Lunatic asylums Madras 1892-1911 - 1892-1911
Year: 1892
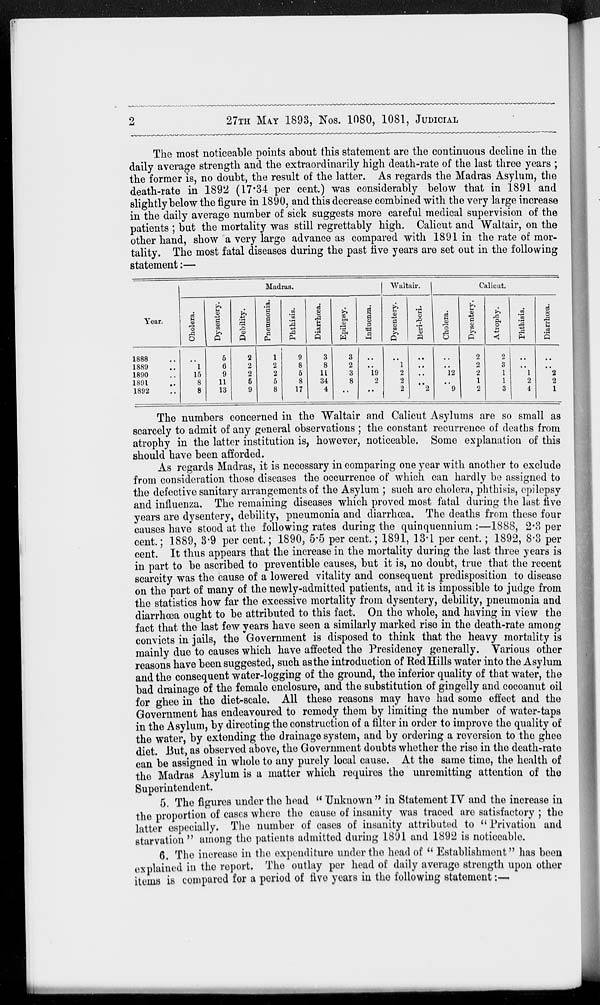
2
27TH
MAY
1893, Nos. 1080, 1081, JUDICIAL
The most noticeable points about this statement are the continuous decline in the
daily average strength and the extraordinarily high death-rate of the last three years ;
the former is, no doubt, the result of the latter. As regards the Madras Asylum, the
death-rate in 1892 (17.34 per cent.) was considerably below that in 1891 and
slightly below the figure in 1890, and this decrease combined with the very large increase
in the daily average number of sick suggests more careful medical supervision of the
patients ; but the mortality was still regrettably high. Calicut and Waltair, on the
other hand, show a very large advance as compared with 1891 in the rate of mor-
tality. The most fatal diseases during the past five years are set out in the following
statement:—
Year.
1888 ..
1889 ..
1890 ..
1891 ..
1892 ..
Madras.
Cholera.
..
1
15
8
8
Dysentery.
5
6
9
11
13
Debility.
2
2
2
5
9
Pneumonia.
1
2
2
5
8
Phthisis.
9
8
5
8
17
Diarrhœa.
3
8
11
34
4
Epilepsy.
3
2
3
8
..
Influenza.
..
..
19
2
..
Waltair.
Dysentery.
..
1
2
2
2
Beri-beri.
..
..
..
..
2
Calicut.
Cholera.
..
..
12
..
9
Dysentery.
2
2
2
1
2
Atrophy.
2
3
1
1
3
Phthisis.
..
..
1
2
4
Diarrhœa.
..
..
2
2
1
The numbers concerned in the Waltair and Calicut Asylums are so small as
scarcely to admit of any general observations; the constant recurrence of deaths from
atrophy in the latter institution is, however, noticeable. Some explanation of this
should have been afforded.
As regards Madras, it is necessary in comparing one year with another to exclude
from consideration those diseases the occurrence of which can hardly be assigned to
the defective sanitary arrangements of the Asylum ; such are cholera, phthisis, epilepsy
and influenza. The remaining diseases which proved most fatal during the last five
years are dysentery, debility, pneumonia and diarrhœa. The deaths from these four
causes have stood at the following rates during the quinquennium :—1888, 2.3 per
cent.; 1889, 3.9 per cent.; 1890, 5.5 per cent.; 1891, 13.1 per cent.; 1892, 8.3 per
cent. It thus appears that the increase in the mortality during the last three years is
in part to be ascribed to preventible causes, but it is, no doubt, true that the recent
scarcity was the cause of a lowered vitality and consequent predisposition to disease
on the part of many of the newly-admitted patients, and it is impossible to judge from
the statistics how far the excessive mortality from dysentery, debility, pneumonia and
diarrhœa ought to be attributed to this fact. On the whole, and having in view the
fact that the last few years have seen a similarly marked rise in the death-rate among
convicts in jails, the Government is disposed to think that the heavy mortality is
mainly due to causes which have affected the Presidency generally. Various other
reasons have been suggested, such as the introduction of Red Hills water into the Asylum
and the consequent water-logging of the ground, the inferior quality of that water, the
bad drainage of the female enclosure, and the substitution of gingelly and cocoanut oil
for ghee in the diet-scale. All these reasons may have had some effect and the
Government has endeavoured to remedy them by limiting the number of water-taps
in the Asylum, by directing the construction of a filter in order to improve the quality of
the water, by extending the drainage system, and by ordering a reversion to the ghee
diet. But, as observed above, the Government doubts whether the rise in the death-rate
can be assigned in whole to any purely local cause. At the same time, the health of
the Madras Asylum is a matter which requires the unremitting attention of the
Superintendent.
5. The figures under the head "Unknown" in Statement IV and the increase in
the proportion of cases where the cause of insanity was traced are satisfactory; the
latter especially. The number of cases of insanity attributed to "Privation and
starvation" among the patients admitted during 1891 and 1892 is noticeable.
6. The increase in the expenditure under the head of "Establishment" has been
explained in the report. The outlay per head of daily average strength upon other
items is compared for a period of five years in the following statement:—